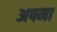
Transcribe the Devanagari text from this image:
अपमा